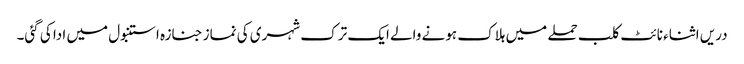
دریں اثناء نائٹ کلب حملے میں ہلاک ہونے والے ایک ترک شہری کی نماز جنازہ استنبول میں ادا کی گئی۔